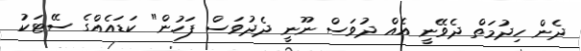
ދެން ހިދުމަތް ދެވޭނީ އެއް ދުވަސް ނޫނީ ދެދުވަސް ފަހުން" ކަޑައެއްގެ ސޭޓަކު